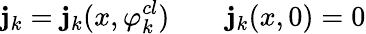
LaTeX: \mathbf{j}_{k}=\mathbf{j}_{k}(x,\varphi_{k}^{cl})\qquad\mathbf{j}_{k}(x,0)=0